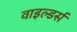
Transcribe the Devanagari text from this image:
वाइल्डर्स